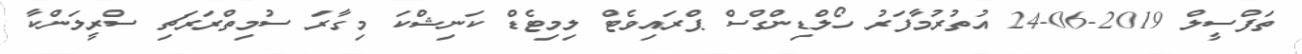
ތަފްސީލް 2019-06-24 އުތުރުމާފަރު ހޯލްޑިންގްސް ޕްރައިވެޓް ލިމިޓެޑް ކަނިޝްކަ މިގާރަ ސުމިތްރަރަޗި ސްރީލަންކާ